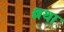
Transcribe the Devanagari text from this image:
श्लथा